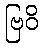
ဗြဝိ